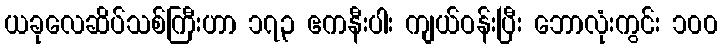
ယခုလေဆိပ်သစ်ကြီးဟာ ၁၇၃ ဧကနီးပါး ကျယ်ဝန်းပြီး ဘောလုံးကွင်း ၁၀၀